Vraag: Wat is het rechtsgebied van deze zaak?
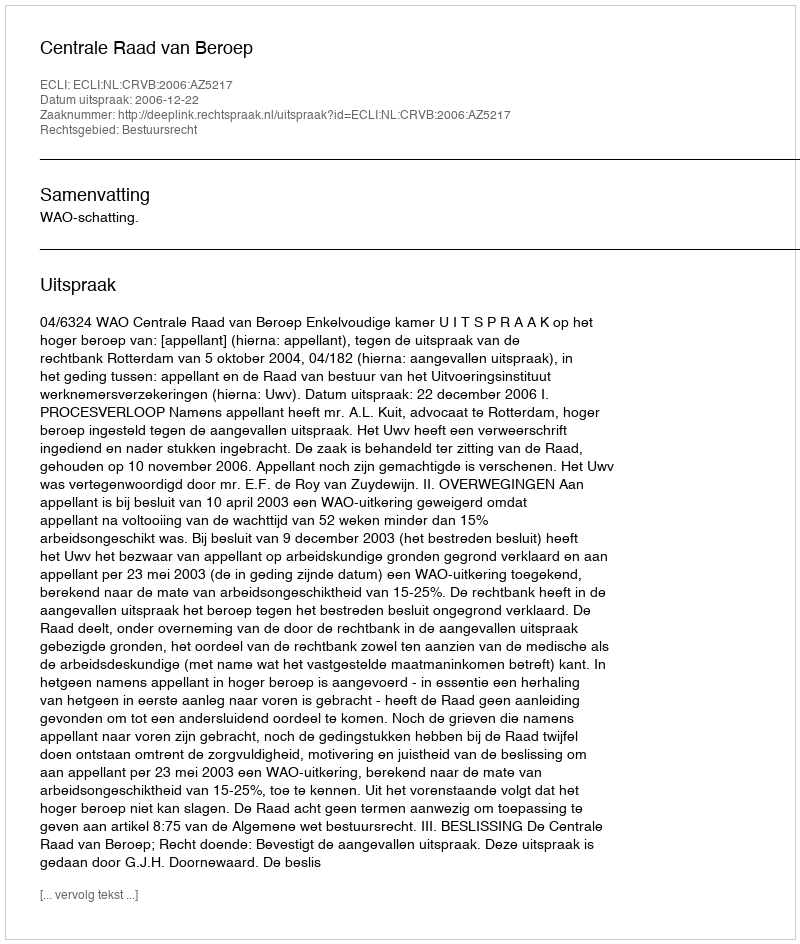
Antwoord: Bestuursrecht